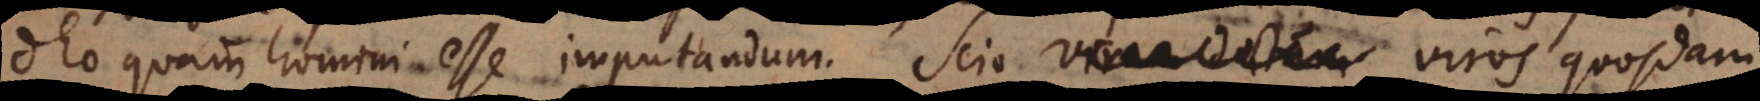
Deo quam homini esse imputandum. Scio virum doctum viros quosdam